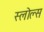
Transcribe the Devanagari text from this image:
स्लोल्स